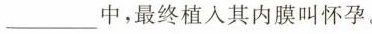
___中，最终植入其内膜叫怀孕。